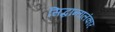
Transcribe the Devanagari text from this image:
सिद्धान्तालंकार